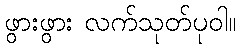
ဖွားဖွား လက်သုတ်ပုဝါ။